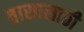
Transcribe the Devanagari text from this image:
तासासाठी